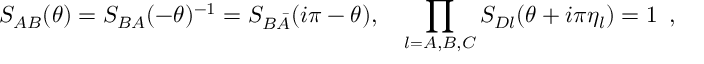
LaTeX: S _ { A B } ( \theta ) = S _ { B A } ( - \theta ) ^ { - 1 } = S _ { B \bar { A } } ( i \pi - \theta ) , \quad \prod _ { l = A , B , C } S _ { D l } ( \theta + i \pi \eta _ { l } ) = 1 \, \, \, ,